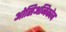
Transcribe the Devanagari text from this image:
ओसिअनिकोव